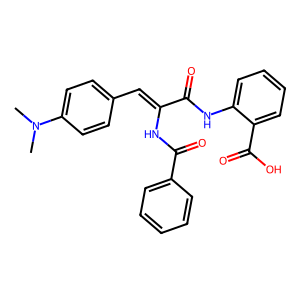
SMILES: CN(C)c1ccc(C=C(NC(=O)c2ccccc2)C(=O)Nc2ccccc2C(=O)O)cc1
Inhibits HIV replication: No